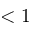
< 1